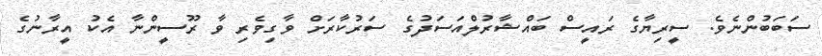
ސަބަބުންނެވެ. ސީރިޔާގެ ރައީސް ބައްޝާރުލްއަސަދުގެ ސަރުކާރަށް ވާގިވެރި ވާ ރޫސީންނާ އެކު އީރާނުގެ